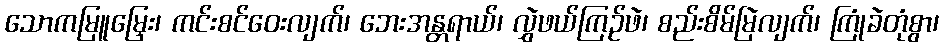
သောကမြူမြှေး၊ ကင်းစင်ဝေးလျက်၊ ဘေးအန္တရာယ်၊ လွှဲဖယ်ကြဉ်ဖဲ၊ စည်းစိမ်မြဲလျက်၊ ကြုံခဲတုံစွာ၊